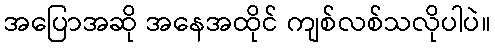
အပြောအဆို အနေအထိုင် ကျစ်လစ်သလိုပါပဲ။